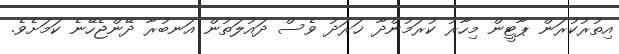
އިތުރުކުރަން ޕާޓީން މިހާރު ކުރަމުންދާ ޚަރަދު ވެސް ދައުލަތުން އަނބުރާ ދޭންޖެހޭނެ ކަމަށެވެ.